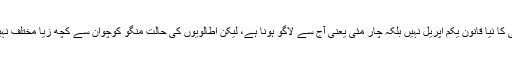
اٹلی کا نیا قانون یکم اپریل نہیں بلکہ چار مئی یعنی آج سے لاگو ہونا ہے، لیکن اطالویوں کی حالت منگو کوچوان سے کچھ زیا مختلف نہیں۔